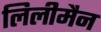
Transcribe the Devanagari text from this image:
लिलीमैन